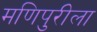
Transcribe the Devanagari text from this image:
मणिपुरीला